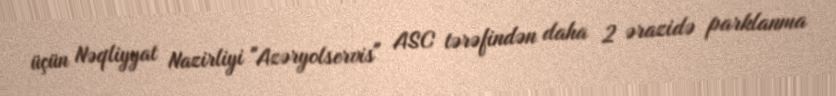
üçün Nəqliyyat Nazirliyi "Azəryolservis" ASC tərəfindən daha 2 ərazidə parklanma